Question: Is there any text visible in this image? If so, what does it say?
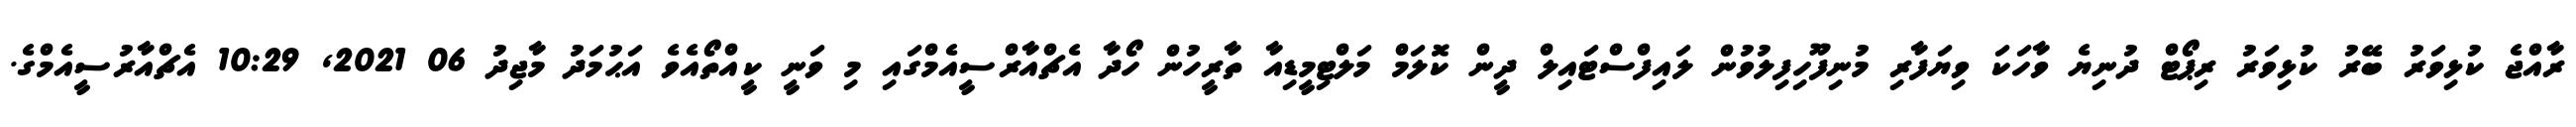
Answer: ރާއްޖެ ކުޅިވަރު ބޭރު ކުޅިވަރު ރިޕޯޓް ދުނިޔެ ވާހަކަ ވިޔަފާރި މުނިފޫހިފިލުވުން ލައިފްސްޓައިލް ދީން ކޮލަމް މަލްޓިމީޑިއާ ތާރީހުން ހޯދާ އެޗްއާރްސީއެމްގައި މި ވަނީ ކީއްތޯއެވެ އަޙުމަދު މާޖިދު 06 2021, 10:29 އެޗްއާރުސީއެމްގެ.